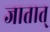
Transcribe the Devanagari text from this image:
जातात्